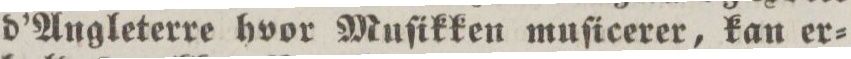
d’Angleterre hvor Muſikken muſicerer, kan er=